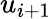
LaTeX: u_{i+1}